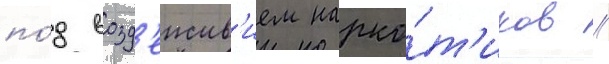
по́д возд'еиств'ием нарко́т'иков //